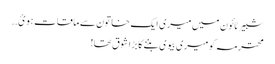
شبیر ٹائون میں میری ایک خاتون سے ماقات ہوئ..
محترمہ کو میری بیوی بننے کا بڑا شوق تھا!